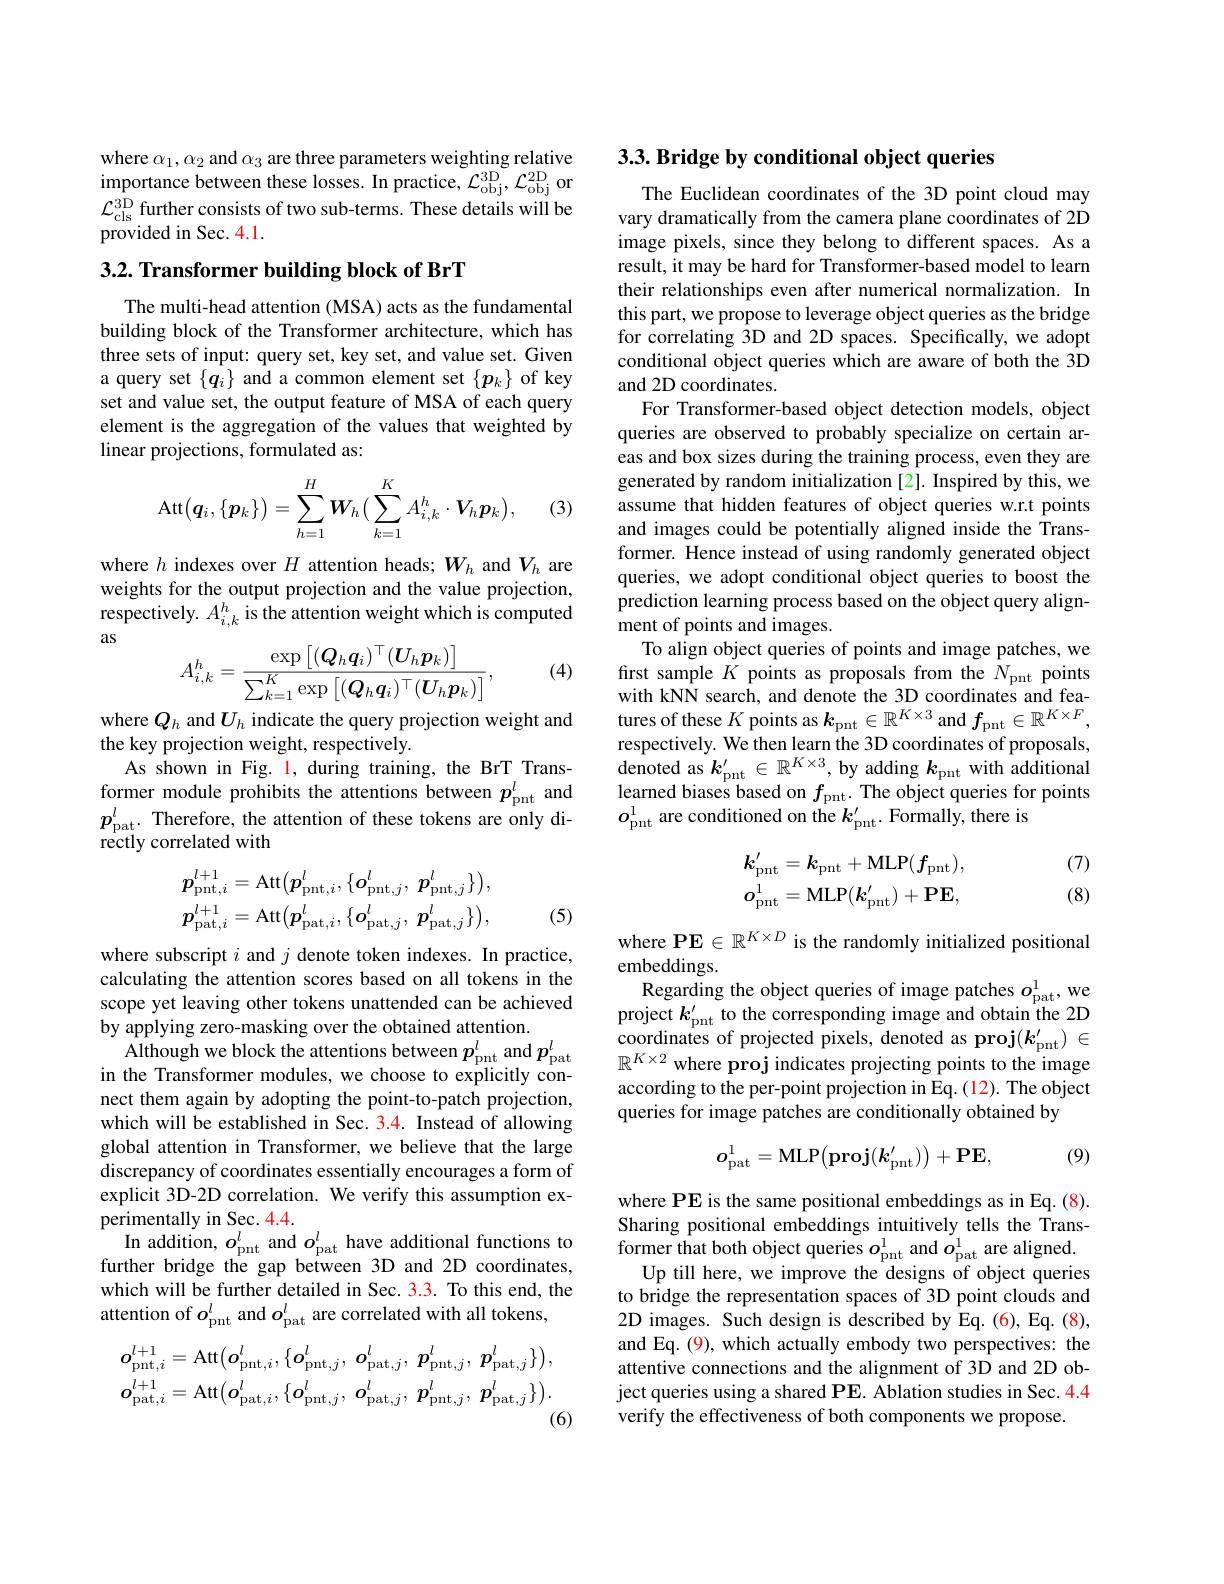
where $\alpha_1,\alpha_2$ and $\alpha_3$ are three parameters weighting relative importance between these losses. In practice, $\mathcal{L}_\mathrm{obj}^{3D},\mathcal{L}_\mathrm{obj}^{2D}$ on $\mathcal{L}_{\mathrm{cls}}^{3\mathrm{D}}$ further consists of two sub-terms. These details will be provided in Sec. 4.1.

## $3. 2. \textbf{ Transformer building block of BrT}$

The multi-head attention (MSA) acts as the fundamental building block of the Transformer architecture, which has three sets of input: query set, key set, and value set. Given a query set $\{q_i\}$ and a common element set $\{p_k\}$ of key set and value set, the output feature of MSA of each query element is the aggregation of the values that weighted by linear projections, formulated as:
$$\operatorname{Att}\bigl(\boldsymbol{q}_i,\{\boldsymbol{p}_k\}\bigr)=\sum\limits_{h=1}^H\boldsymbol{W}_h\bigl(\sum\limits_{k=1}^KA_{i,k}^h\cdot\boldsymbol{V}_h\boldsymbol{p}_k\bigr),$$
(3)

where $h$ indexes over $H$ attention heads; $W_h$ and $V_h$ are weights for the output projection and the value projection, respectively. $A_i,k^h$ is the attention weight which is computed as

(4)
$$A_{i,k}^h=\frac{\exp\left[(\boldsymbol{Q}_h\boldsymbol{q}_i)^\top(\boldsymbol{U}_h\boldsymbol{p}_k)\right]}{\sum_{k=1}^K\exp\left[(\boldsymbol{Q}_h\boldsymbol{q}_i)^\top(\boldsymbol{U}_h\boldsymbol{p}_k)\right]},$$
where $Q_h$ and $U_h$ indicate the query projection weight and
the key projection weight, respectively.
As shown in Fig. 1, during training, the BrT Transformer module prohibits the attentions between $p_\mathrm{pnt}^l$ and $p_{\mathrm{pat}}^l.$ Therefore, the attention of these tokens are only di- $\dot{\mathrm{rectly~correlated~with}}$
$$p_{\mathrm{pnt},i}^{l+1}=\mathrm{Att}\big(p_{\mathrm{pnt},i}^{l},\{o_{\mathrm{pnt},j}^{l},\:p_{\mathrm{pnt},j}^{l}\}\big),\\p_{\mathrm{pat},i}^{l+1}=\mathrm{Att}\big(p_{\mathrm{pat},i}^{l},\{o_{\mathrm{pat},j}^{l},\:p_{\mathrm{pat},j}^{l}\}\big),$$
(5)

where subscript $i$ and $j$ denote token indexes. In practice, calculating the attention scores based on all tokens in the scope yet leaving other tokens unattended can be achieved by applying zero-masking over the obtained attention.
Although we block the attentions between $p_\mathrm{pnt}^l$ and $p_\mathrm{pat}^l$ in the Transformer modules, we choose to explicitly connect them again by adopting the point-to-patch projection, which will be established in Sec. 3.4. Instead of allowing global attention in Transformer, we believe that the large discrepancy of coordinates essentially encourages a form of explicit 3D-2D correlation. We verify this assumption experimentally in Sec. 4.4.
In addition, $o_\mathrm{pnt}^l$ and $o_\mathrm{pat}^l$ have additional functions to further bridge the gap between 3D and 2D coordinates, which will be further detailed in Sec. 3.3. To this end, the attention of $o_\mathrm{pnt}^l$ and $o_\mathrm{pat}^l$ are correlated with all tokens,
$$\boldsymbol{o}_{\mathrm{pnt},i}^{l+1}=\mathrm{Att}\big(\boldsymbol{o}_{\mathrm{pnt},i}^{l},\{\boldsymbol{o}_{\mathrm{pnt},j}^{l},\:\boldsymbol{o}_{\mathrm{pat},j}^{l},\:\boldsymbol{p}_{\mathrm{pnt},j}^{l},\:\boldsymbol{p}_{\mathrm{pat},j}^{l}\}\big),\\\boldsymbol{o}_{\mathrm{pat},i}^{l+1}=\mathrm{Att}\big(\boldsymbol{o}_{\mathrm{pat},i}^{l},\{\boldsymbol{o}_{\mathrm{pnt},j}^{l},\:\boldsymbol{o}_{\mathrm{pat},j}^{l},\:\boldsymbol{p}_{\mathrm{pnt},j}^{l},\:\boldsymbol{p}_{\mathrm{pat},j}^{l}\}\big).$$
(6)

## 3.3. Bridge by conditional object queries

The Euclidean coordinates of the 3D point cloud may vary dramatically from the camera plane coordinates of 2D image pixels, since they belong to different spaces. As a result, it may be hard for Transformer-based model to learn their relationships even after numerical normalization. In this part, we propose to leverage object queries as the bridge for correlating $\hat{3}$D and 2D spaces. Specifically, we adopt conditional object queries which are aware of both the 3D and 2D coordinates.
For Transformer-based object detection models, object queries are observed to probably specialize on certain areas and box sizes during the training process, even they are generated by random initialization [2]. Inspired by this, we assume that hidden features of object queries w.r.t points and images could be potentially aligned inside the Transformer. Hence instead of using randomly generated object queries, we adopt conditional object queries to boost the prediction learning process based on the object query alignment of points and images.
To align object queries of points and image patches, we first sample $K$ points as proposals from the $N_\mathrm{pnt}$ points with kNN search, and denote the 3D coordinates and features of these $K$ points as $k_\mathrm{pnt}\in\mathbb{R}^{K\times3}$ and $f_\mathrm{pnt}\in\mathbb{R}^{K\times F}$, respectively. We then learn the 3D coordinates of proposals, $\hat{\text{denoted as }k}_{\mathrm{pnt}}^{\prime}\in\mathbb{R}^{K\times3}$,by adding $k_\mathrm{pnt}$ with additional learned biases based on $f_\mathrm{pnt}.$ The object queries for points $o_{\mathrm{pnt}}^{1}$ are conditioned on the $k_\mathrm{pnt}^{\prime}.$ Formally, there is
$$k_{\mathrm{pnt}}^{\prime}=k_{\mathrm{pnt}}+\mathrm{MLP}(f_{\mathrm{pnt}}),\\o_{\mathrm{pnt}}^{1}=\mathrm{MLP}(k_{\mathrm{pnt}}^{\prime})+\mathrm{PE},$$
(7) (8)

where $\mathbf{PE}\in\mathbb{R}^{K\times D}$ is the randomly initialized positional
embeddings.
Regarding the object queries of image patches $o_\mathrm{pat}^{1}$, we project $k_\mathrm{pnt}^{\prime}$ to the corresponding image and obtain the 2D coordinates of projected pixels, denoted as proj$(k_\mathrm{pnt}^{\prime})\in$ $\mathbb{R}^{K\times2}$ where proj indicates projecting points to the image according to the per-point projection in Eq.(12). The object queries for image patches are conditionally obtained by
$$o_{\mathrm{pat}}^1=\mathrm{MLP}\big(\mathrm{proj}(k_{\mathrm{pnt}}^{\prime})\big)+\mathrm{PE},$$
(9)

where PE is the same positional embeddings as in Eq. (8). Sharing positional embeddings intuitively tells the Transformer that both object queries $o_\mathrm{pnt}^{1}$ and $o_\mathrm{pat}^{1}$ are aligned.
Up till here, we improve the designs of object queries to bridge the representation spaces of 3D point clouds and 2D images. Such design is described by Eq.(6), Eq.(8), and Eq. (9), which actually embody two perspectives: the attentive connections and the alignment of 3D and 2D object queries using a shared PE. Ablation studies in Sec. 4.4 verify the effectiveness of both components we propose.